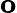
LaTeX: \mathbf{o}